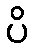
ပိ